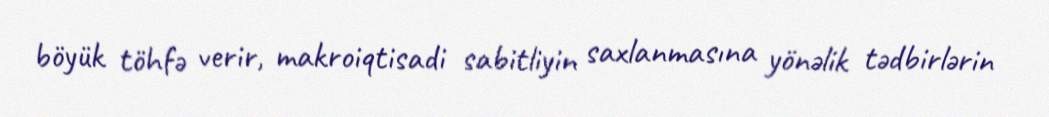
böyük töhfə verir, makroiqtisadi sabitliyin saxlanmasına yönəlik tədbirlərin